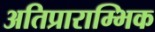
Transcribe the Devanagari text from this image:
अतिप्राराम्भिक